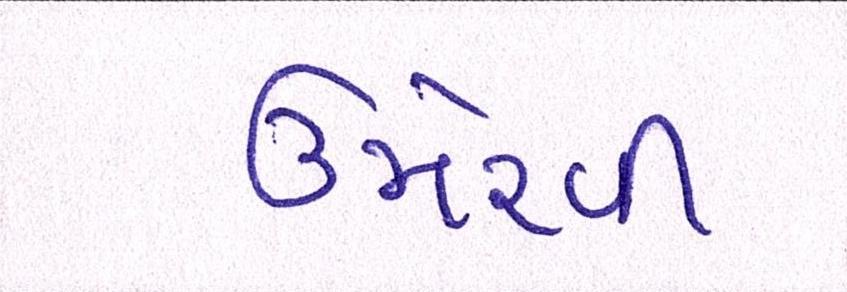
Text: ઉમેરવી